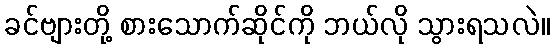
ခင်ဗျားတို့ စားသောက်ဆိုင်ကို ဘယ်လို သွားရသလဲ။